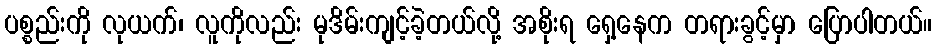
ပစ္စည်းကို လုယက်၊ လူကိုလည်း မုဒိမ်းကျင့်ခဲ့တယ်လို့ အစိုးရ ရှေ့နေက တရားခွင့်မှာ ပြောပါတယ်။